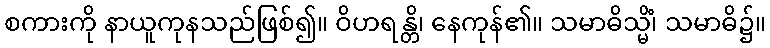
စကားကို နာယူကုနသည်ဖြစ်၍။ ဝိဟရန္တိ၊ နေကုန်၏။ သမာဓိသ္မိံ၊ သမာဓိ၌။